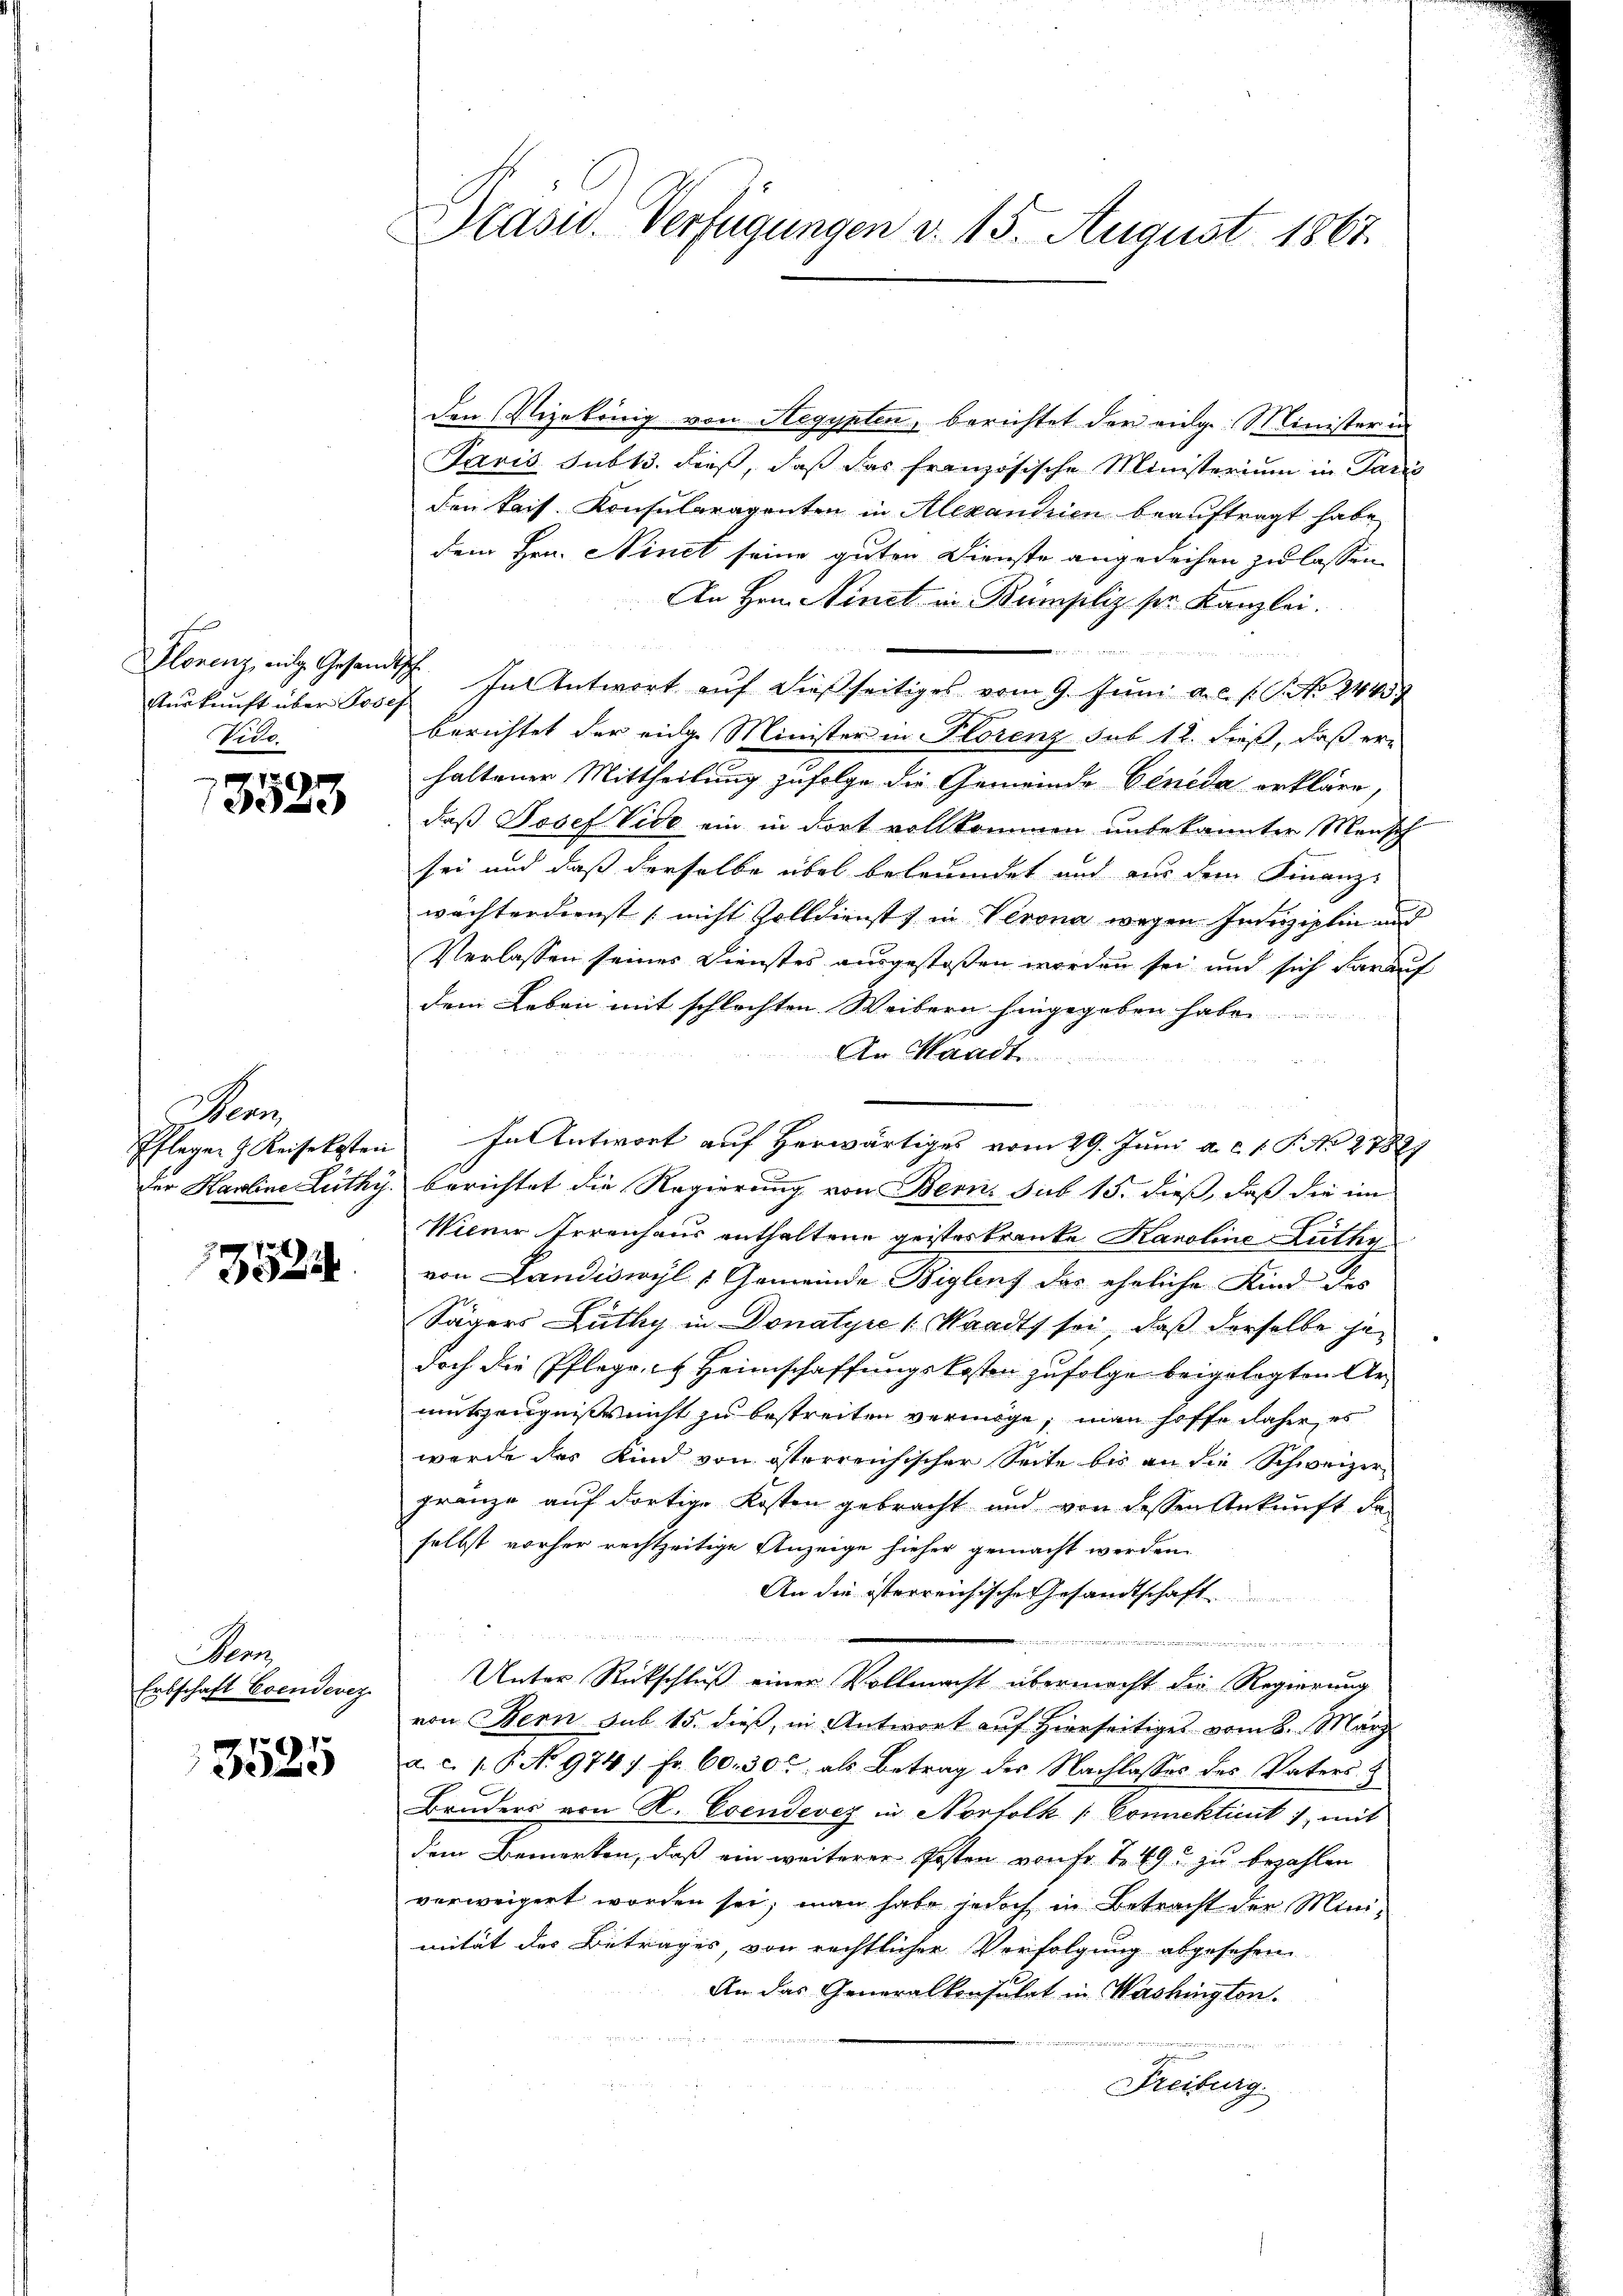
c
Aurkunft über Josef
Vice

7 x
3523

Sem
Pfleger J. Keisekosten
der Karline Lüthy.

354

Banz
Entschaft Evendevez

3585

Präsid. Verfügungen v. 15. August 1867.

den Vizekönig von Aegypten, berichtet der eidg. Minister in
Pavis subt3. dieß, daß das französische Ministerium in Paris
den kais. Konsularaventen in Alexandrien beauftragt habe
dem Hrn. Ninet seine guten Dienste angedeihen zu lassen
An Hrn. Ninet in Bumpliz ser Kanzlei.

Hlorenz, eidg. Gesandtsch. In Antwort auf dießseitiges vom 9. Juni a.c. s. S. 2443
berichtet der eidge Minister in Florenz sub 12. dieß, daß er
haltener Mittheilung zufolge die Gemeinde Veneda erkläre,
daß Josef Vide ein in dort vollkommen unbekannter Mensch
sei und daß derselbe übel beleumdet und nur dem Finanz-
wächterdienst, nicht Zolldienst in Verona wegen Indiziplin und
Verlassen seines Dienstes ausgestoßen worden sei und sich darauf
dem Leben mit schlechten Weibern hingegeben haben.
An Handt
Fntntwort auf herwärtiges vom 29. Juni a. c. 1. P. No 27827
berichtet die Regierung von Bern, sub 15. dieß, daß die im
Wiener Irrenhaus enthaltene geisteskranke Karoline Ruthy
von Landiswyl Gemeinde-Biglent das eheliche Kind des
Sägers Lüthy in Donatyre (Waadt sei, daß derselbe gedoch die Pflegen Heimschaffungskosten zufolge beigelegten Armutszeugnisreicht zu bestreiten vermöge, man hoffe daher, es
werde des Kind von österreichischer Seite bis an die Schweizergränze auf dortige Kosten gebracht und von dessen Ankunft der
selbst vorher rechtzeitige Anzeige hieher gemacht werden.
An die isterreichische Gesandtschaft

Miage, wie
Unter Rückschluß einer Vollmacht übermacht die Regierung
von Bern sub 15. dieß, in Antwort auf Hierseitiges vom 8. März
a.c. s. S. 9741 Fr. 60. 30t als Betrag des Nachlasses des Vaters- &
Bruders von R. Evendevez in Norfolk /: Connektirt, mit
dem Bemerken, daß ein weiterer Posten von Fr. S. 49 zu bezahlen
verweigert worden sei, man habe jedoch in Betracht der Minimität des Betrages, von rechtlicher Verfolgung abgesehen.
An das Generalkonsulat in Washington.
Freiburg.